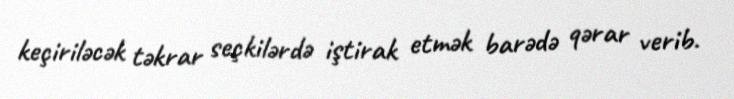
keçiriləcək təkrar seçkilərdə iştirak etmək barədə qərar verib.